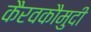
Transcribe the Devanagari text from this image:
कैरवकौमुदी